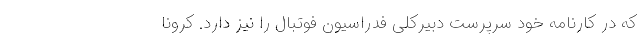
که در کارنامه خود سرپرست دبیرکلی فدراسیون فوتبال را نیز دارد. کرونا